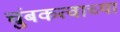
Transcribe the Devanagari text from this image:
चुंबकत्वाच्या